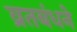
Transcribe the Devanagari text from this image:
व्रतबंधने